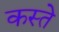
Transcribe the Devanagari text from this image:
कस्‍ते